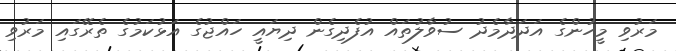
މަރުވި މީހުންގެ އަދަދާމެދު ސުވާލުތައް އުފެދިގެން ދިޔައީ ހައްޖުގެ އަޅުކަމުގެ ތެރޭގައި މަރުވި